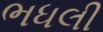
ભધલી